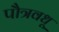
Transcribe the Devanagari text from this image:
पौत्रवधू